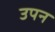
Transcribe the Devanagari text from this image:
उपन